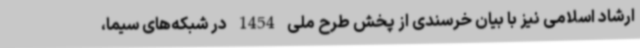
ارشاد اسلامی نیز با بیان خرسندی از پخش طرح ملی 1454 در شبکه‌های سیما،